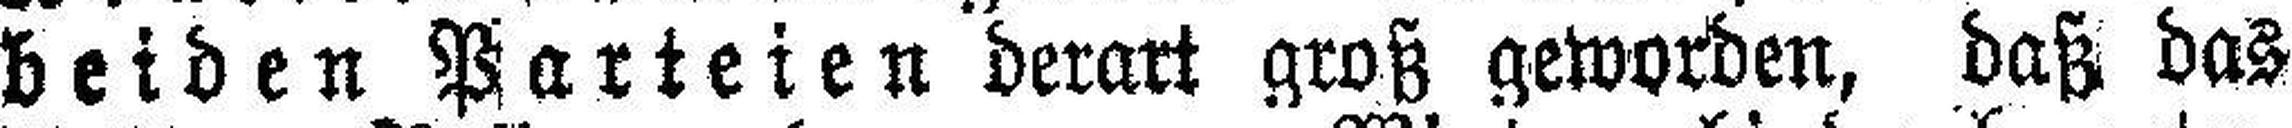
beiden Parteien derart groß geworden, daß das